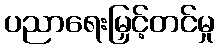
ပညာရေးမြှင့်တင်မှု